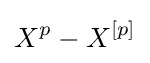
X^{p}-X^{[p]}